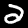
Label: 2